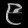
Digit: ၉